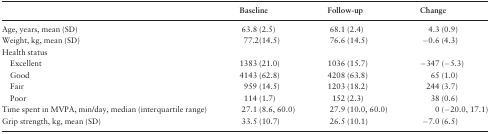
<table><thead><tr><td>[EMPTY_CELL]</td><td><b>Baseline</b></td><td><b>Follow-up</b></td><td><b>Change</b></td></tr></thead><tbody><tr><td>Age, years, mean (SD)</td><td>63.8 (2.5)</td><td>68.1 (2.4)</td><td>4.3 (0.9)</td></tr><tr><td>Weight, kg, mean (SD)</td><td>77.2(14.5)</td><td>76.6 (14.5)</td><td>−0.6 (4.3)</td></tr><tr><td>Health status</td><td>[EMPTY_CELL]</td><td>[EMPTY_CELL]</td><td>[EMPTY_CELL]</td></tr><tr><td> Excellent</td><td>1383 (21.0)</td><td>1036 (15.7)</td><td>−347 (−5.3)</td></tr><tr><td> Good</td><td>4143 (62.8)</td><td>4208 (63.8)</td><td>65 (1.0)</td></tr><tr><td> Fair</td><td>959 (14.5)</td><td>1203 (18.2)</td><td>244 (3.7)</td></tr><tr><td> Poor</td><td>114 (1.7)</td><td>152 (2.3)</td><td>38 (0.6)</td></tr><tr><td>Time spent in MVPA, min/day, median (interquartile range)</td><td>27.1 (8.6, 60.0)</td><td>27.9 (10.0, 60.0)</td><td>0 (−20.0, 17.1)</td></tr><tr><td>Grip strength, kg, mean (SD)</td><td>33.5 (10.7)</td><td>26.5 (10.1)</td><td>−7.0 (6.5)</td></tr></tbody></table>